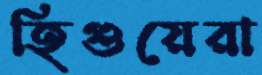
হিগুয়েরা